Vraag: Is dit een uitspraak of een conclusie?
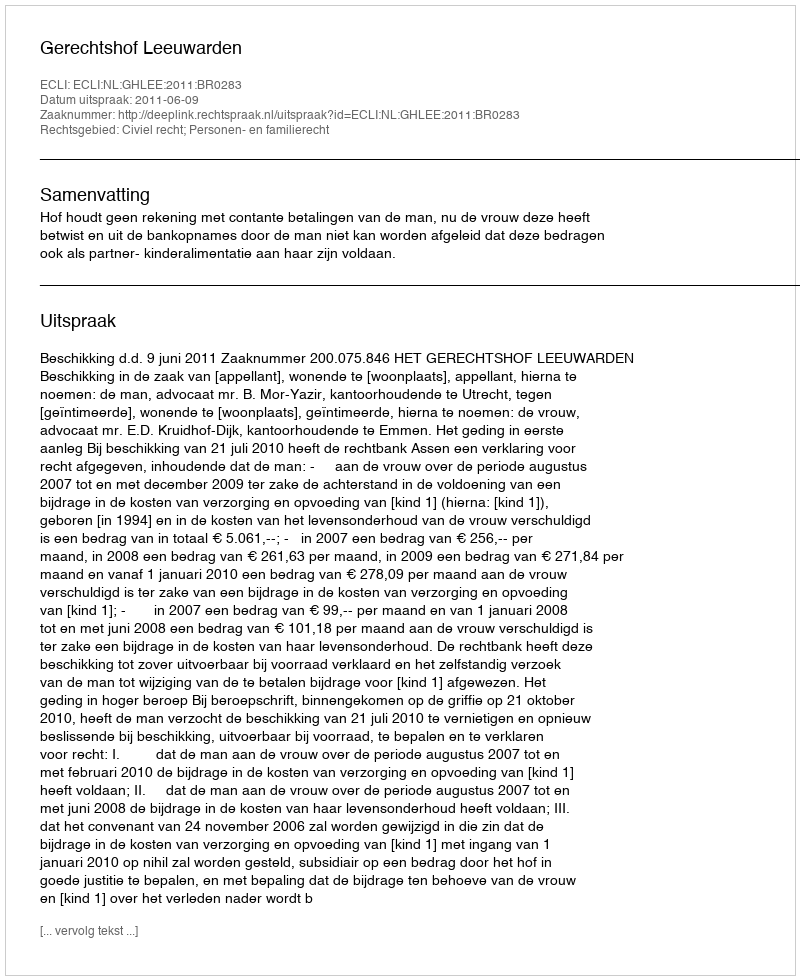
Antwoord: Uitspraak